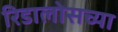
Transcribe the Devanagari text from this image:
रिडालोसच्या